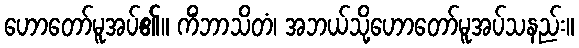
ဟောတော်မူအပ်၏။ ကိံဘာသိတံ၊ အဘယ်သို့ဟောတော်မူအပ်သနည်း။